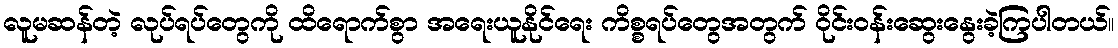
လူမဆန်တဲ့ လုပ်ရပ်တွေကို ထိရောက်စွာ အရေးယူနိုင်ရေး ကိစ္စရပ်တွေအတွက် ဝိုင်းဝန်းဆွေးနွေးခဲ့ကြပါတယ်။